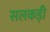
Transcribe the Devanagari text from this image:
सलकड़ी